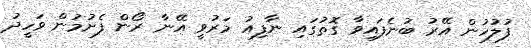
ފުލުހުން އޭރު ބުނެފައިވާ ގޮތުގައި ނާފިއު މަރުވީ އޭނާ ރޯން ފެށުމުން ވަހީދު